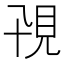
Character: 𧠍